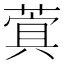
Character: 𮐖